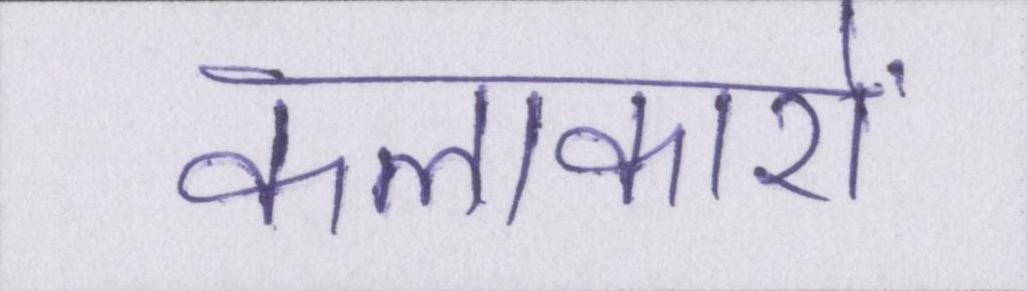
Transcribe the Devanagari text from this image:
कलाकारों